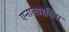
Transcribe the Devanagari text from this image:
एनालाइसिस